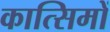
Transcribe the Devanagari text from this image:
कात्सिमों